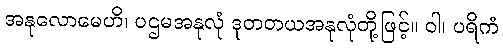
အနုလောမေဟိ၊ ပဌမအနုလုံ ဒုတတယအနုလုံတို့ဖြင့်။ ဝါ၊ ပရိကံ